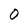
Character: 0